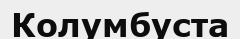
Колумбуста